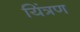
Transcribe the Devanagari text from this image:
यिंत्रण